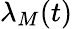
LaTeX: \lambda_{M}(t)